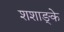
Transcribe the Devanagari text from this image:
शशाङ्के